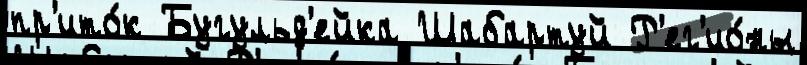
пр'ито́к Бугульд'ейка Шабартуй Р'ег'ио́ны